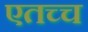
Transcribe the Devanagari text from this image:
एतच्च